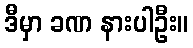
ဒီမှာ ခဏ နားပါဦး။